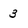
Character: 3